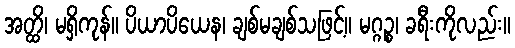
အတ္ထိ၊ မရှိကုန်။ ပိယာပိယေန၊ ချစ်မချစ်သဖြင့်။ မဂ္ဂဉ္စ၊ ခရီးကိုလည်း။